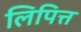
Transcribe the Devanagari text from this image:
लिपित्त